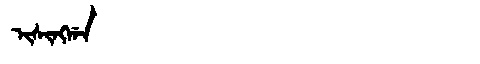
Manchu: ᡳᠰᡳᠩᡤᠠ
Romanization: ISINGGA